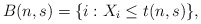
\begin{align*}B(n,s)= \{i: X_i \leq t(n,s) \},\end{align*}